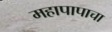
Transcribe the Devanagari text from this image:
महापापाचा